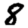
Digit: 8